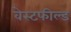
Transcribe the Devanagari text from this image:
वेस्टफील्ड